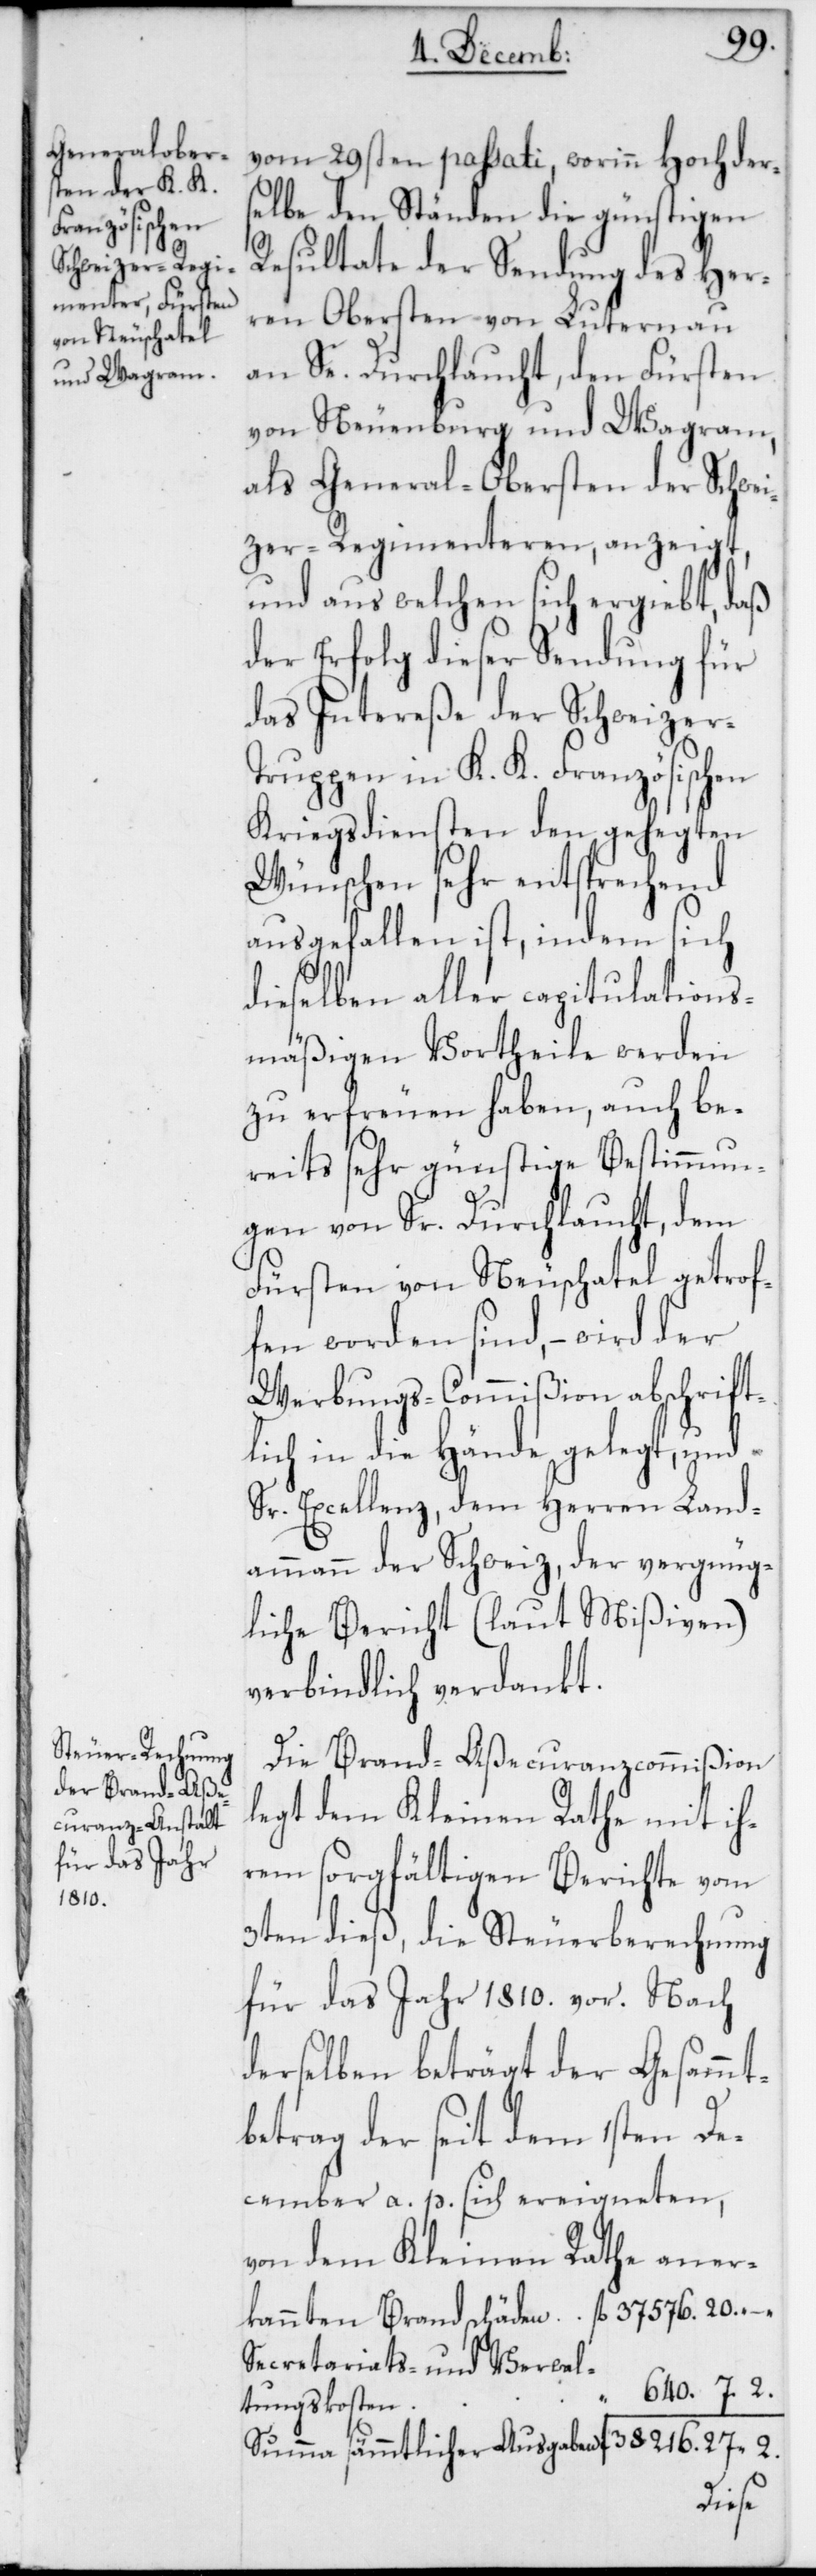
vom 29sten passati, worinn hochders¬
elbe den Ständen die günstigen
Resultate der Sendung des Her¬
ren Obersten von Luternau
an Se. Durchlaucht, den Fürsten
von Neuenburg und Wagram,
als General-Obersten der Schwei¬
zer-Regimenteren, anzeigt,
und aus welchen sich ergibt, daß
der Erfolg dieser Sendung für
das Intereße der Schweizer-T¬
ruppen in k. k. Französischen
Kriegsdiensten den gehegten
Wünschen sehr entsprechend
ausgefallen ist, indem sich
dieselben aller capitulations¬
mäßigen Vortheile werden
zu erfreuen haben, auch be¬
reits sehr günstige Bestimmun¬
gen von Sr. Durchlaucht, dem
Fürsten von Neuchâtel getrof¬
fen worden sind, – wird der
Werbungs-Commißion abschrift¬
lich in die Hände gelegt, und
Sr. Excellenz, dem Herren Land¬
ammann der Schweiz, der vergnüg¬
liche Bericht (laut Mißiven)
verbindlich verdankt.
Die Brand-Aßecuranzcommißion
legt dem Kleinen Rathe mit ih¬
rem sorgfältigen Berichte vom
3ten dieß, die Steuerberechnung
für das Jahr 1810. vor. Nach
derselben beträgt der Gesammt¬
betrag der seit dem 1sten De¬
cember a. p. sich ereigneten,
von dem Kleinen Rathe aner¬
kannten Brandschäden fl. 37 576. 20. –.
Secretariats- und Verwal¬
“ 640. 7. 2.
tungskosten
Summa sämmtlicher Ausgaben fl. 38 216. 27. 2.